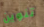
تنوين